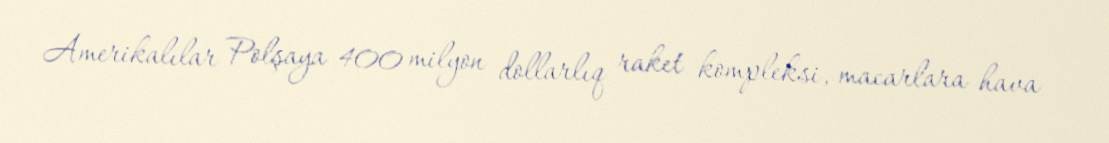
Amerikalılar Polşaya 400 milyon dollarlıq raket kompleksi, macarlara hava